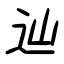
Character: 辿